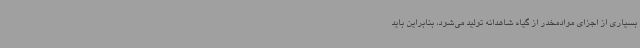
بسیاری از اجزای موادمخدر از گیاه شاهدانه تولید می‌شود، بنابراین باید